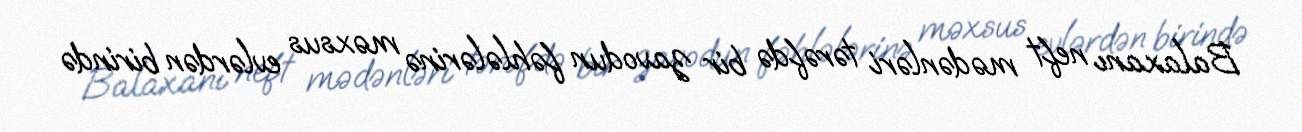
Balaxanı neft mədənləri tərəfdə bir zavodun fəhlələrinə məxsus evlərdən birində